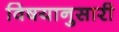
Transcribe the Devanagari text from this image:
विषयानुसारी